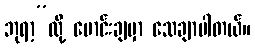
ဘုရာ့”လို့ မောင်းချမှာ သေချာပါတယ်။